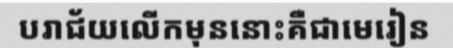
បរាជ័យលើកមុននោះគឺជាមេរៀន